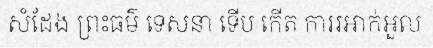
សំដែង ព្រះធម៌ ទេសនា ទើប កើត ការរអាក់អួល